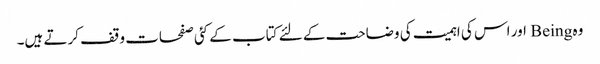
وہ Being اور اس کی اہمیت کی وضاحت کے لئے کتاب کے کئی صفحات وقف کرتے ہیں۔